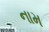
નામ